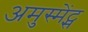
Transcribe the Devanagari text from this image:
अमुस्मेंट्स